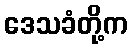
ဒေသခံတို့က